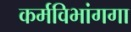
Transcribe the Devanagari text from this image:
कर्मविभांगगा